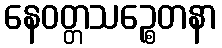
နေဝတ္တသဉ္စေတနာ